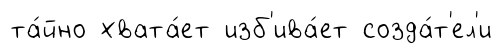
та́йно хвата́ет изб'ива́ет созда́т'ел'и